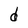
Character: d